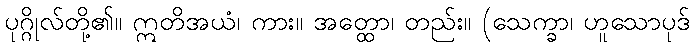
ပုဂ္ဂိုလ်တို့၏။ ဣတိအယံ၊ ကား။ အတ္ထော၊ တည်း။ (သေက္ခာ၊ ဟူသောပုဒ်